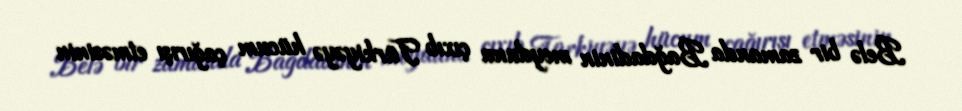
Belə bir zamanda Bağdadinin meydana çıxıb Türkiyəyə hücum çağırışı etməsinin